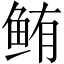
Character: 鲔